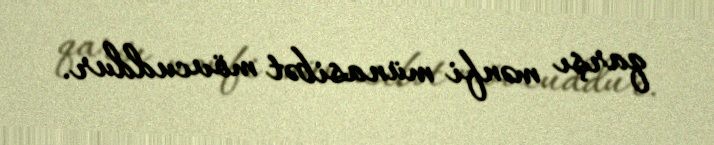
qarşı mənfi münasibət mövcuddur.